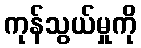
ကုန်သွယ်မှုကို